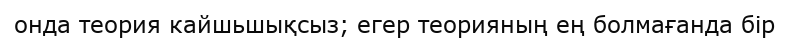
онда теория кайшьшықсыз; егер теорияның ең болмағанда бір